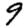
Digit: 9